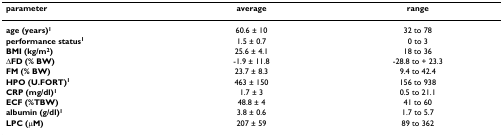
<table><thead><tr><td><b>parameter</b></td><td><b>average</b></td><td><b>range</b></td></tr></thead><tbody><tr><td><b>age (years)<sup>1</sup></b></td><td>60.6 ± 10</td><td>32 to 78</td></tr><tr><td><b>performance status<sup>1</sup></b></td><td>1.5 ± 0.7</td><td>0 to 3</td></tr><tr><td><b>BMI (kg/m<sup>2</sup>)</b></td><td>25.6 ± 4.1</td><td>18 to 36</td></tr><tr><td><b>ΔFD (% BW)</b></td><td>-1.9 ± 11.8</td><td>-28.8 to + 23.3</td></tr><tr><td><b>FM (% BW)</b></td><td>23.7 ± 8.3</td><td>9.4 to 42.4</td></tr><tr><td><b>HPO (U.FORT)<sup>1</sup></b></td><td>463 ± 150</td><td>156 to 938</td></tr><tr><td><b>CRP (mg/dl)<sup>1</sup></b></td><td>1.7 ± 3</td><td>0.5 to 21.1</td></tr><tr><td><b>ECF (%TBW)</b></td><td>48.8 ± 4</td><td>41 to 60</td></tr><tr><td><b>albumin (g/dl)<sup>1</sup></b></td><td>3.8 ± 0.6</td><td>1.7 to 5.7</td></tr><tr><td><b>LPC (μM)</b></td><td>207 ± 59</td><td>89 to 362</td></tr></tbody></table>